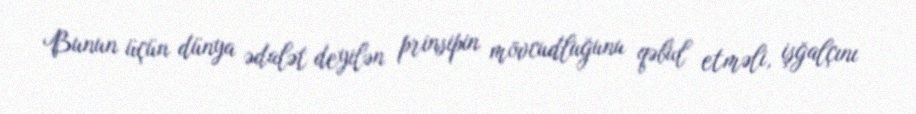
Bunun üçün dünya ədalət deyilən prinsipin mövcudluğunu qəbul etməli, işğalçını